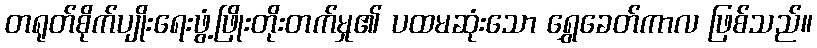
တရုတ်စိုက်ပျိုးရေးဖွံ့ဖြိုးတိုးတက်မှု၏ ပထမဆုံးသော ရွှေခေတ်ကာလ ဖြစ်သည်။